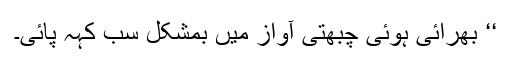
‘‘ بھرائی ہوئی چبھتی آواز میں بمشکل سب کہہ پائی۔